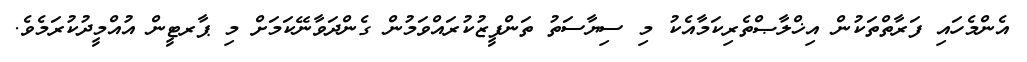
އެންމެހައި ފަރާތްތަކުން އިޚްލާޞްތެރިކަމާއެކު މި ސިޔާސަތު ތަންފީޒުކުރައްވަމުން ގެންދަވާނޭކަމަށް މި ޕާރޓީން އުއްމީދުކުރަމެވެ.